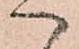
へ